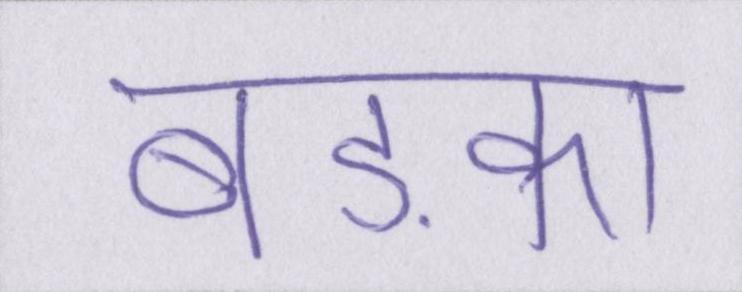
बड़का